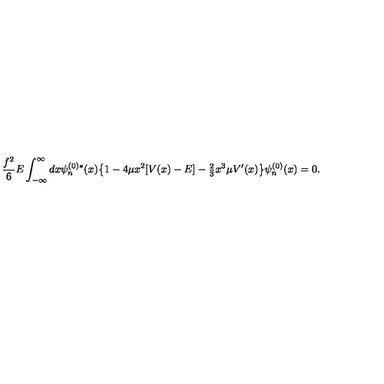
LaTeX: \frac { f ^ { 2 } } { 6 } E \int _ { - \infty } ^ { \infty } d x \psi _ { n } ^ { ( 0 ) * } ( x ) \bigl \{ 1 - 4 \mu x ^ { 2 } [ V ( x ) - E ] - { \textstyle \frac { 2 } { 3 } } x ^ { 3 } \mu V ^ { \prime } ( x ) \bigr \} \psi _ { n } ^ { ( 0 ) } ( x ) = 0 .